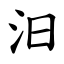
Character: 汨